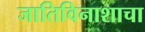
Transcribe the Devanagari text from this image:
जातिविनाशाचा